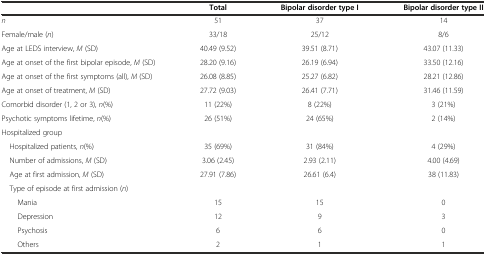
<table><thead><tr><td></td><td><b>Total</b></td><td><b>Bipolar disorder type I</b></td><td><b>Bipolar disorder type II</b></td></tr></thead><tbody><tr><td><i>n</i></td><td>51</td><td>37</td><td>14</td></tr><tr><td>Female/male (<i>n</i>)</td><td>33/18</td><td>25/12</td><td>8/6</td></tr><tr><td>Age at LEDS interview, <i>M</i> (SD)</td><td>40.49 (9.52)</td><td>39.51 (8.71)</td><td>43.07 (11.33)</td></tr><tr><td>Age at onset of the first bipolar episode, <i>M</i> (SD)</td><td>28.20 (9.16)</td><td>26.19 (6.94)</td><td>33.50 (12.16)</td></tr><tr><td>Age at onset of the first symptoms (all), <i>M</i> (SD)</td><td>26.08 (8.85)</td><td>25.27 (6.82)</td><td>28.21 (12.86)</td></tr><tr><td>Age at onset of treatment, <i>M</i> (SD)</td><td>27.72 (9.03)</td><td>26.41 (7.71)</td><td>31.46 (11.59)</td></tr><tr><td>Comorbid disorder (1, 2 or 3), <i>n</i>(%)</td><td>11 (22%)</td><td>8 (22%)</td><td>3 (21%)</td></tr><tr><td>Psychotic symptoms lifetime, <i>n</i>(%)</td><td>26 (51%)</td><td>24 (65%)</td><td>2 (14%)</td></tr><tr><td>Hospitalized group</td><td></td><td></td><td></td></tr><tr><td> Hospitalized patients, <i>n</i>(%)</td><td>35 (69%)</td><td>31 (84%)</td><td>4 (29%)</td></tr><tr><td> Number of admissions, <i>M</i> (SD)</td><td>3.06 (2.45)</td><td>2.93 (2.11)</td><td>4.00 (4.69)</td></tr><tr><td> Age at first admission, <i>M</i> (SD)</td><td>27.91 (7.86)</td><td>26.61 (6.4)</td><td>38 (11.83)</td></tr><tr><td> Type of episode at first admission (<i>n</i>)</td><td></td><td></td><td></td></tr><tr><td>Mania</td><td>15</td><td>15</td><td>0</td></tr><tr><td>Depression</td><td>12</td><td>9</td><td>3</td></tr><tr><td>Psychosis</td><td>6</td><td>6</td><td>0</td></tr><tr><td>Others</td><td>2</td><td>1</td><td>1</td></tr></tbody></table>